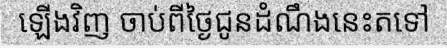
ឡើងវិញ ចាប់ពីថ្ងៃជូនដំណឹងនេះតទៅ